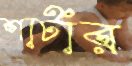
শার্টার